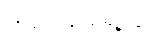
တရားရုံးရှေ့တွင်